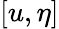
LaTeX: [u,\eta]